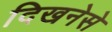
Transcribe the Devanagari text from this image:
दिखनेसे